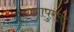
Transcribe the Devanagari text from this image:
गाणगापुरला